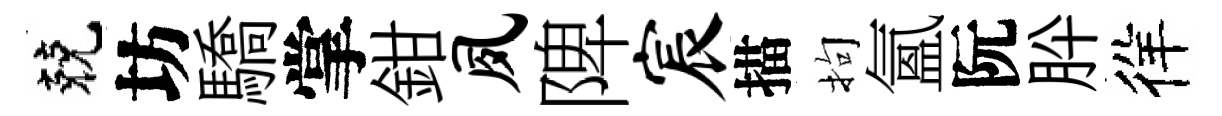
兢坊驕掌鉗夙陴宸描拘氳阮肸徉